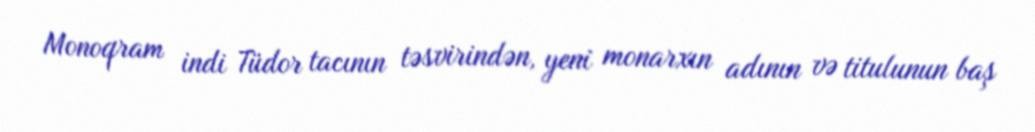
Monoqram indi Tüdor tacının təsvirindən, yeni monarxın adının və titulunun baş